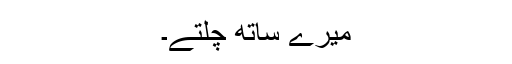
میرے ساتھ چلتے۔